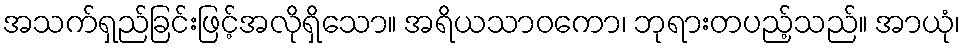
အသက်ရှည်ခြင်းဖြင့်အလိုရှိသော။ အရိယသာဝကော၊ ဘုရားတပည့်သည်။ အာယုံ၊